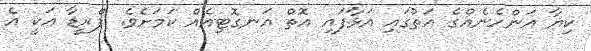
ކިޔާ އަންހެނެއްގެ އަތުގައި އަޅާފައި އޮތް އަނގޮޓިއެއް ކަމަށެވެ. ޕްރީޑާ އަކީ އެ